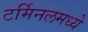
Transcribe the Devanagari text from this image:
टर्मिनलमध्ये